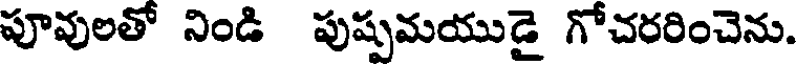
పూవులతో నిండి పుష్పమయుడై గోచరరించెను.